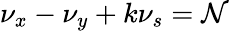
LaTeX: \nu_{x}-\nu_{y}+k\nu_{s}=\mathcal{N}